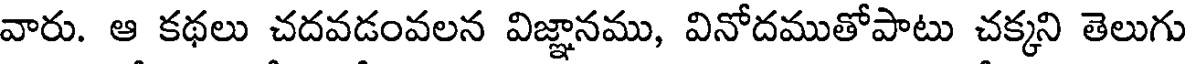
వారు. ఆ కథలు చదవడంవలన విజ్ఞానము, వినోదముతోపాటు చక్కని తెలుగు